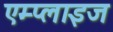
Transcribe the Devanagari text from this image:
एम्प्लाइज